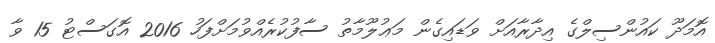
އޮމަދޫ ކައުންސިލްގެ އިދާރާއަށް ވަޑައިގެން މަޢުލޫމާތު ސާފުކުރެއްވުމަށްފަހު 2016 އޮގަސްޓު 15 ވާ